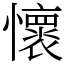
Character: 懷